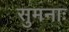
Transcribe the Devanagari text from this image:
सुमनाः